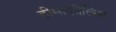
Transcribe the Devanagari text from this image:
हीमोफीलिस